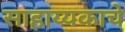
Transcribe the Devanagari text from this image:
साहाय्यकाचे